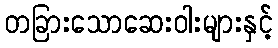
တခြားသောဆေးဝါးများနှင့်